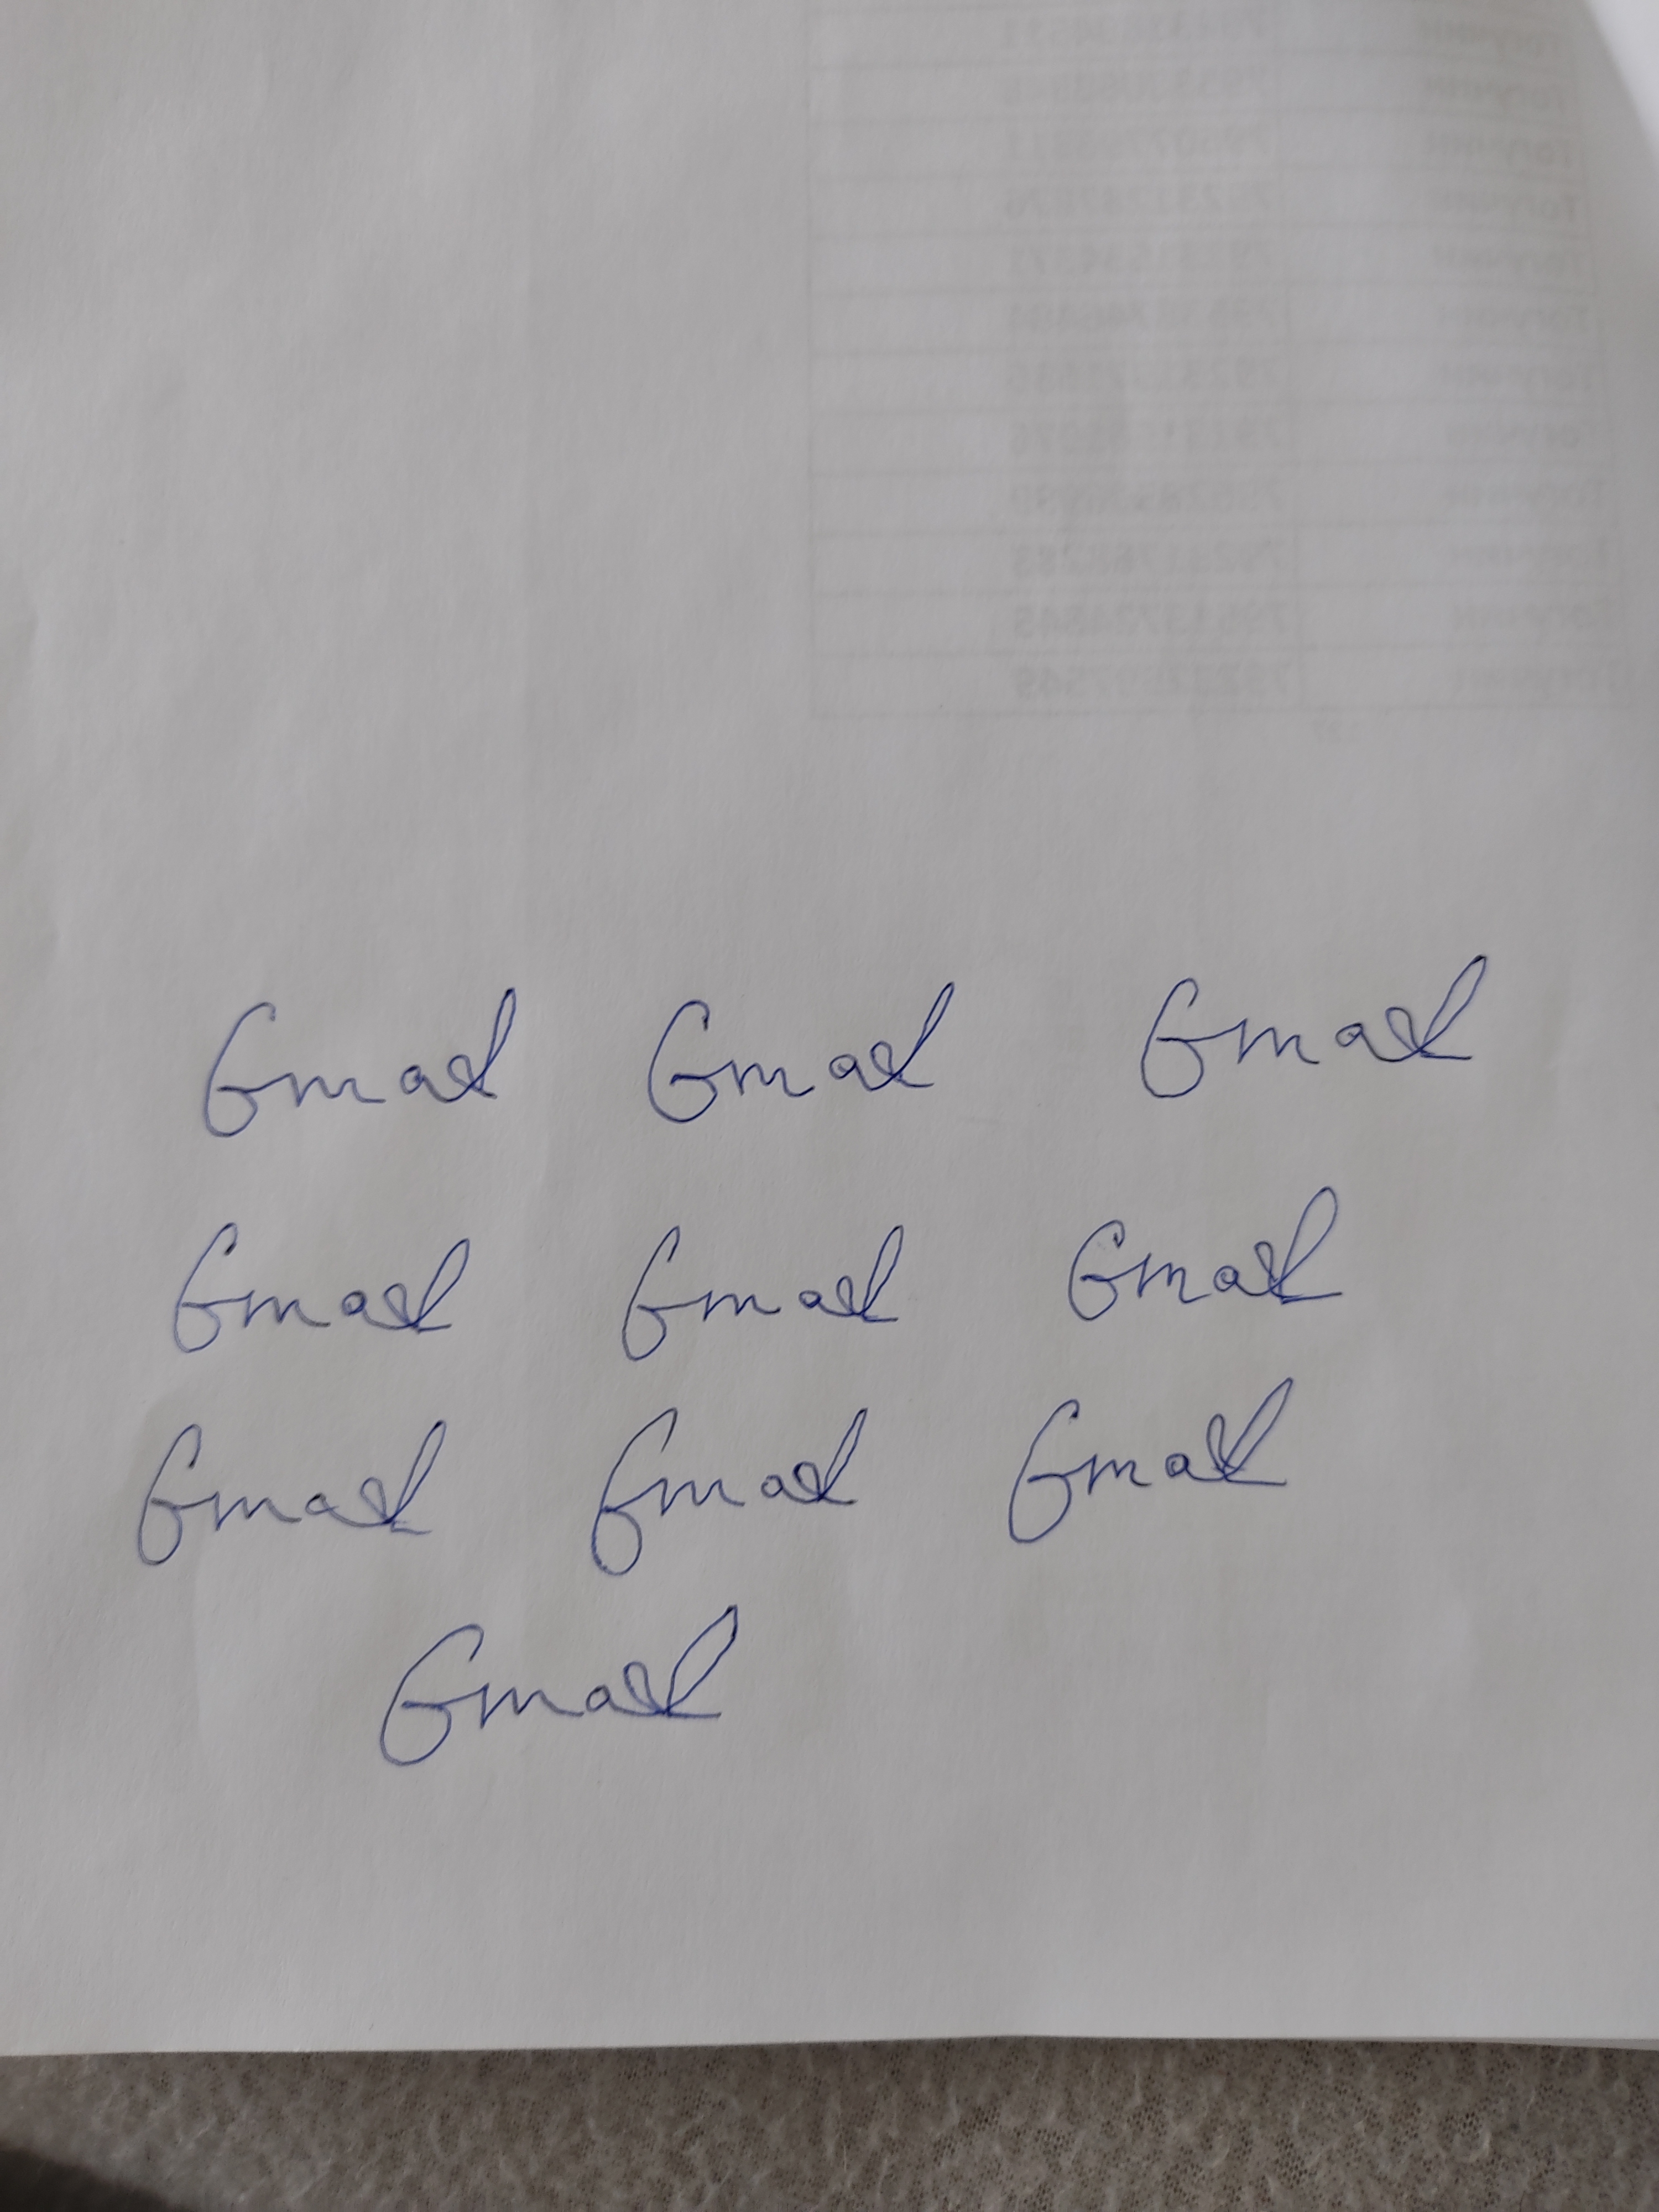
Signature authenticity: forged